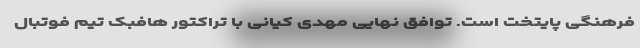
فرهنگی پایتخت است. توافق نهایی مهدی کیانی با تراکتور هافبک تیم فوتبال